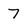
Character: 7